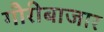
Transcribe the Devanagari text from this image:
गौरीबाजार